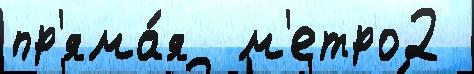
пр'яма́я  м'етро2